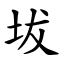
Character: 坺